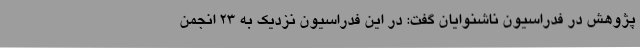
پژوهش در فدراسیون ناشنوایان گفت: در این فدراسیون نزدیک به 23 انجمن